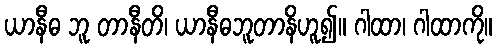
ယာနီဓ ဘူ တာနီတိ၊ ယာနီဓဘူတာနိဟူ၍။ ဂါထာ၊ ဂါထာကို။